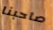
صاحبنا